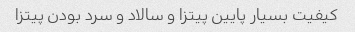
کیفیت بسیار پایین پیتزا و سالاد و سرد بودن پیتزا